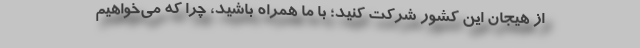
از هیجان این کشور شرکت کنید؛ با ما همراه باشید، چرا که می‌خواهیم